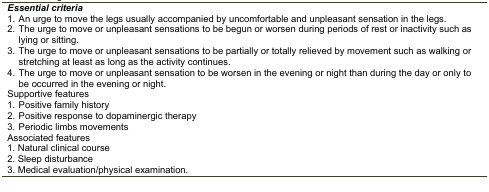
| <COLSPAN=2> Essential criteria |
 | --- | --- |
 | 1. | An urge to move the legs usually accompanied by uncomfortable and unpleasant sensation in the legs. |
 | 2. | The urge to move or unpleasant sensations to be begun or worsen during periods of rest or inactivity such as lying or sitting. |
 | 3. | The urge to move or unpleasant sensations to be partially or totally relieved by movement such as walking or stretching at least as long as the activity continues. |
 | 4. | The urge to move or unpleasant sensation to be worsen in the evening or night than during the day or only to be occurred in the evening or night. |
 | <COLSPAN=2> Supportive features |
 | 1. | Positive family history |
 | 2. | Positive response to dopaminergic therapy |
 | 3. | Periodic limbs movements |
 | <COLSPAN=2> Associated features |
 | 1. | Natural clinical course |
 | 2. | Sleep disturbance |
 | 3. | Medical evaluation/physical examination. |